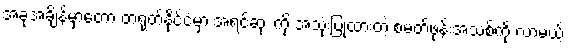
အခုအချိန်မှာတော့ တရုတ်နိုင်ငံမှာ အရင်ဆုံး ကို အသုံးပြုထားတဲ့ စမတ်ဖုန်းအသစ်ကို လာမယ့်